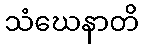
သံဃေနာတိ